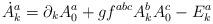
LaTeX: \begin{align*}\dot A_k^a=\partial _kA_0^a+gf^{abc}A_k^bA_0^c-E_k^a\end{align*}